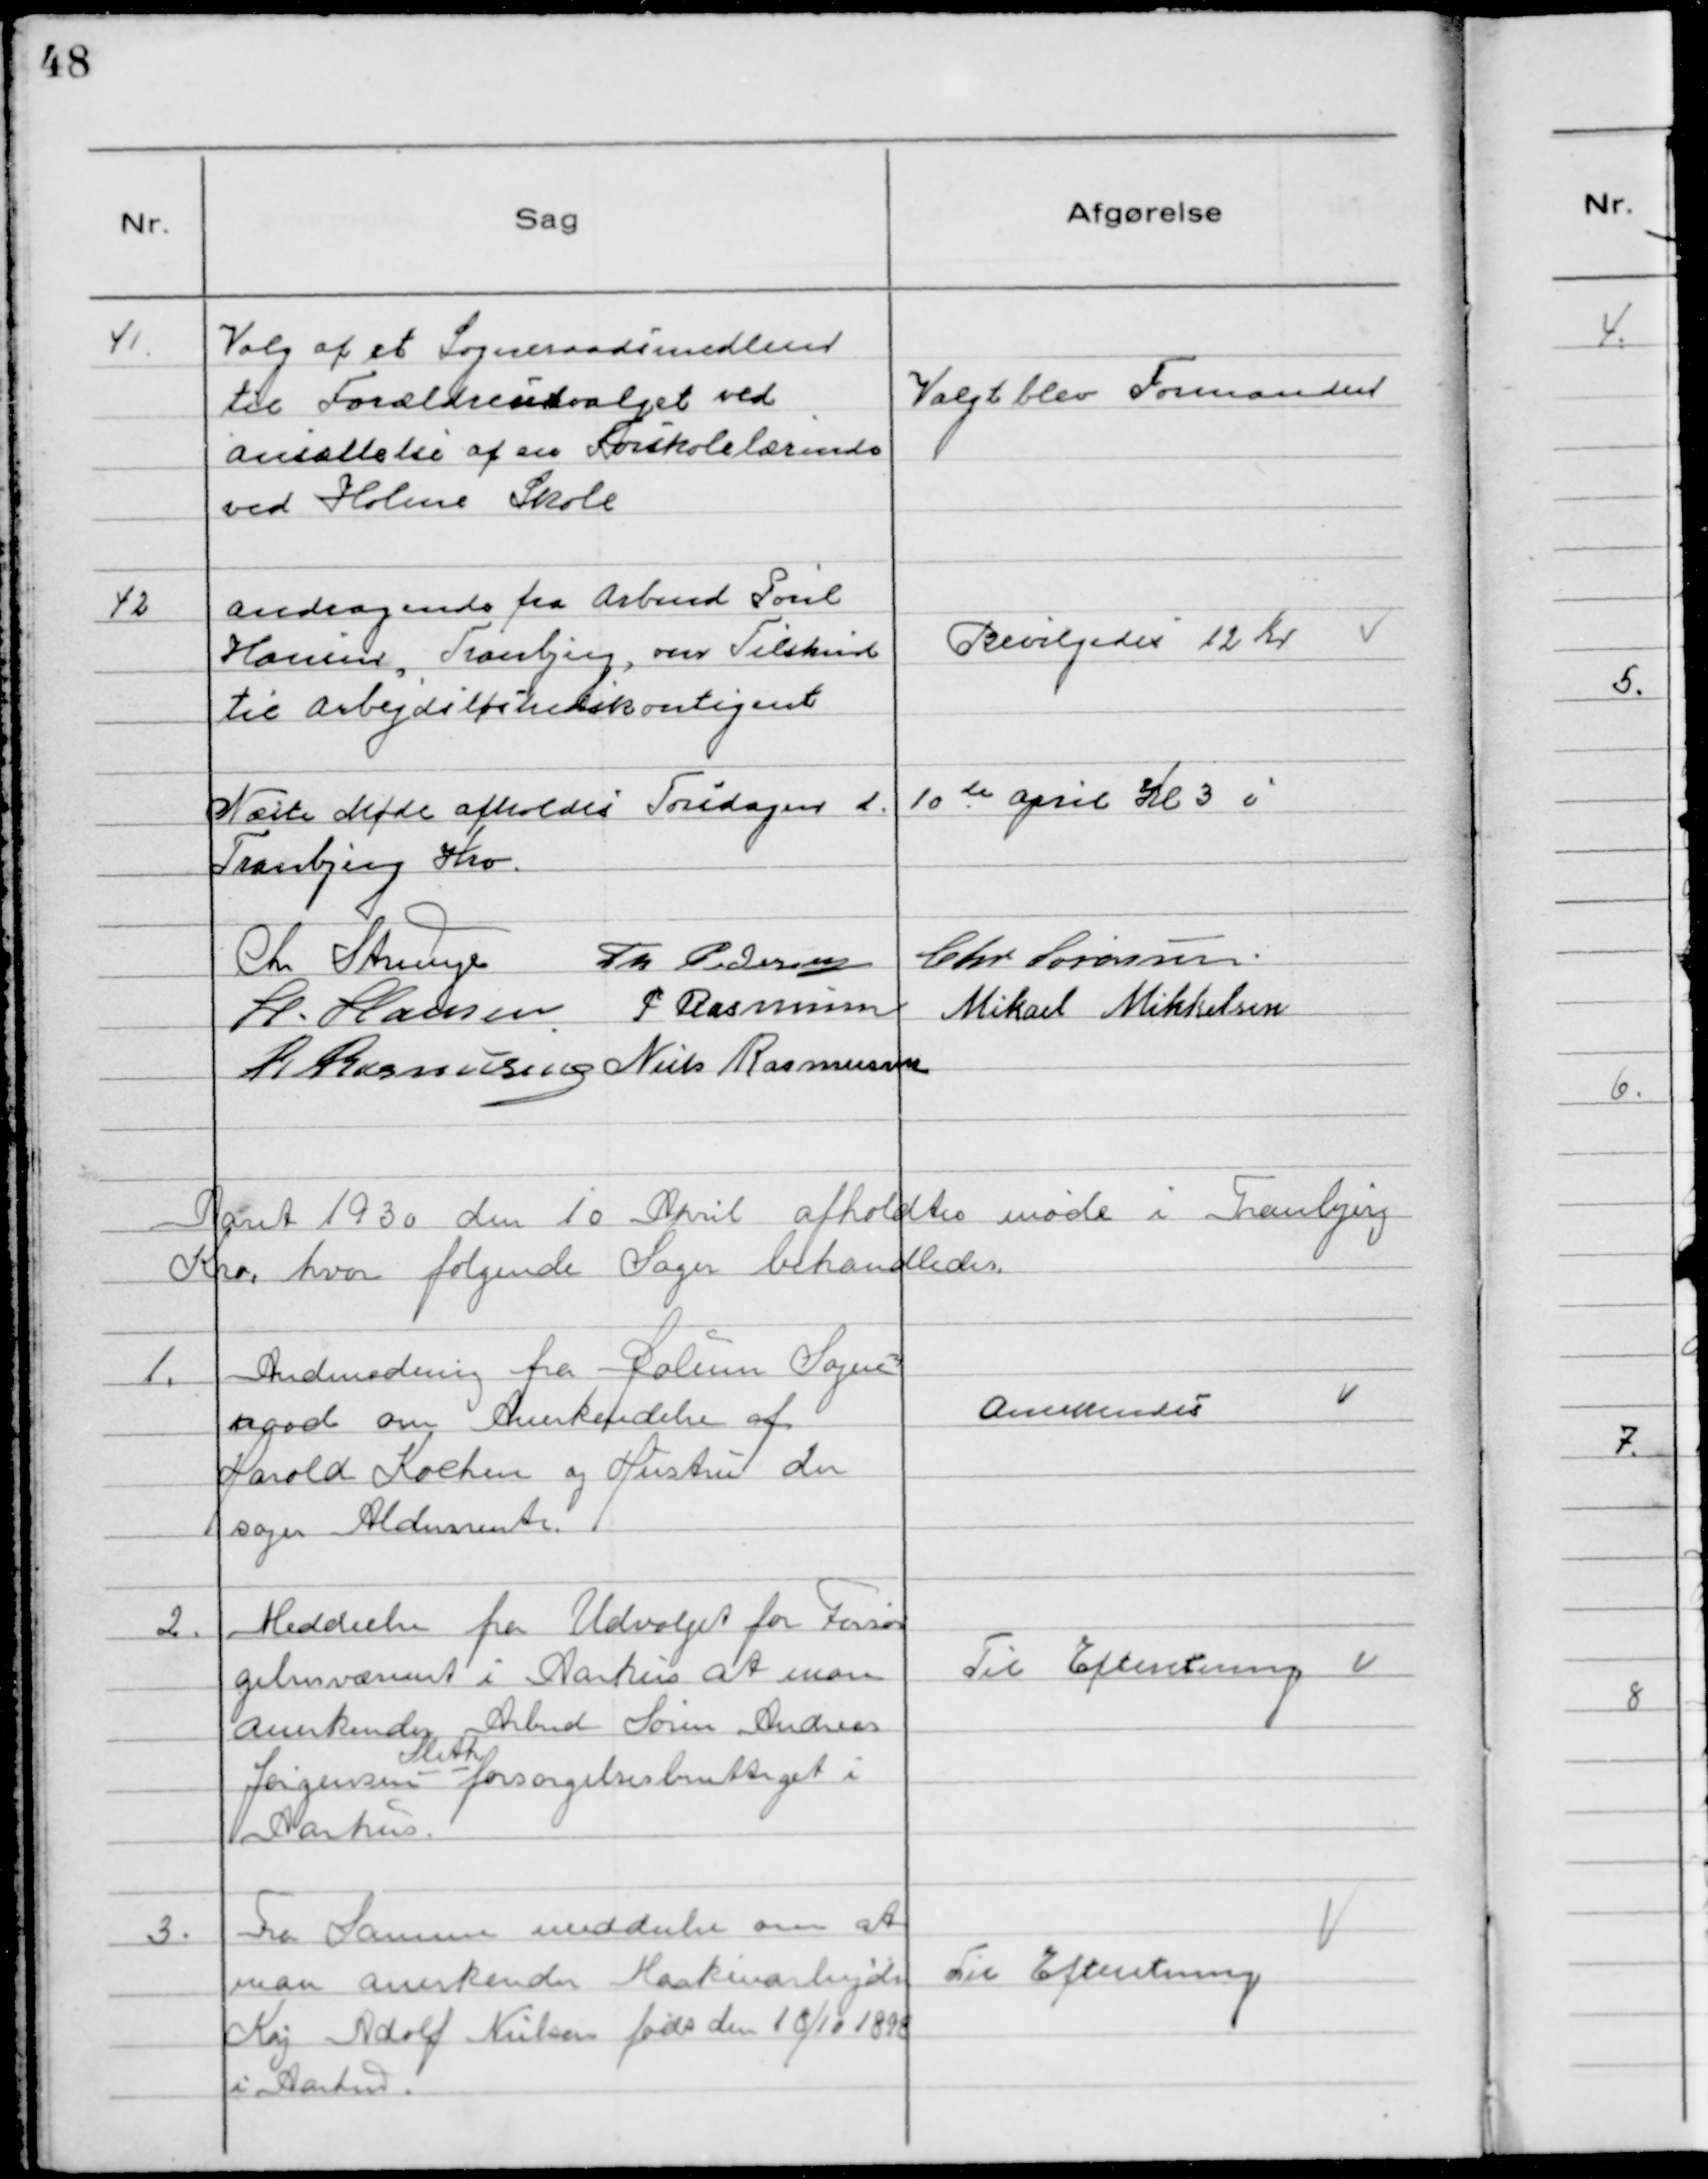
Transskription:
41. Valg af et Sogneraadsmedlem
til Forældreudvalget ved
ansættelse af en Forskolelærerinde
ved Holme Skole

Valgt blev Formanden

42 Andragende fra Arbmd Poul
Hansen, Tranbjerg, om Tilskud
til Arbejdsløshedskontigent

Bevilgedes 12 Kr

Næste Møde afholdes Torsdagen d. 10de April Kl 3 i
Tranbjerg Kro.
Chr Strunge Th Pedersen Chr Sørensen
H. Hansen P Rasmussen Mikael Mikkelsen
R Rasmussen Niels Rasmussen

Aaret 1930 den 10 April afholdtes møde i Tranbjerg
Kro, hvor følgende Sager behandledes.

1. Andmodning fra Holme Sogne-
raad om Anerkendelse af
Harold Kochen og Hustru der
søger Aldersrente.

Anerkendes

2. Meddeelse fra Udvalget for Forsør
gelsesvæsenet i Aarhus at man
anerkender Arbmd Søren Andreas
Jørgensen
Sleth
forsørgelsesberettiget i
Aarhus.

Til Efteretning

3, Fra Samme meddeelse om at
man anerkender Maskinarbejder
Kaj Adolf Nielsen født den 10/10 1898
i Aarhus.

Til Efteretning